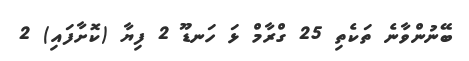
ބޭނުންވާނެ ތަކެތި 25 ގްރާމް ޅަ ހަނޑޫ 2 ފިޔާ (ކޮށާފައި) 2